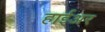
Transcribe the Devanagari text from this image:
हाईअर